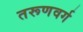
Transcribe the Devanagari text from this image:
तरूणवर्ग